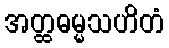
အတ္ထဓမ္မသဟိတံ